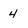
Character: 4